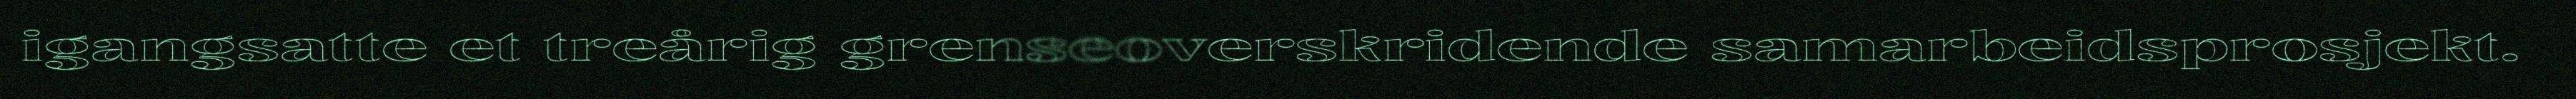
igangsatte et treårig grenseoverskridende samarbeidsprosjekt.